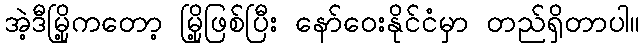
အဲ့ဒီမြို့ကတော့ မြို့ဖြစ်ပြီး နော်ဝေးနိုင်ငံမှာ တည်ရှိတာပါ။